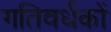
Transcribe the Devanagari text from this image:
गतिवर्धकों